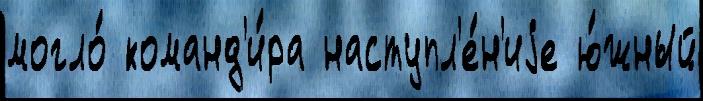
могло́ команд'и́ра наступл'е́н'иjе ю́жный